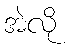
အဲလို